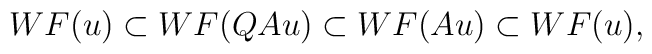
WF(u)\subset WF(QAu)\subset WF(Au)\subset WF(u),